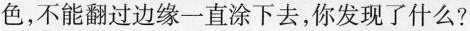
色，不能翻过边缘一直涂下去，你发现了什么？